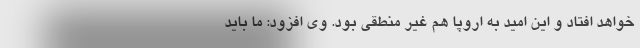
خواهد افتاد و این امید به اروپا هم غیر منطقی بود. وی افزود: ما باید